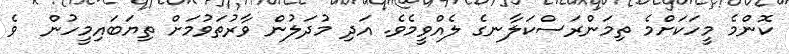
ކޮންމެ މީހަކަށްމެ ތިމަންރަސްކަލާނގެ ލެއްވީމެވެ. އަދި މުދަލުން ވާރުތަވުމަށް ތިޔަބައިމީހުން  ވެ